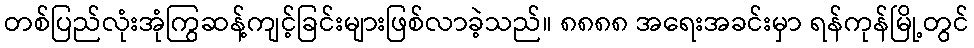
တစ်ပြည်လုံးအုံကြွဆန့်ကျင့်ခြင်းများဖြစ်လာခဲ့သည်။ ၈၈၈၈ အရေးအခင်းမှာ ရန်ကုန်မြို့တွင်